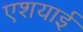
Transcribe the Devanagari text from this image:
एशयाई